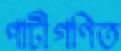
পাটীগণিত